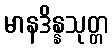
မာနဒိန္နသုတ္တ